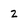
Character: 2